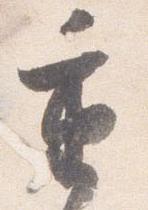
重